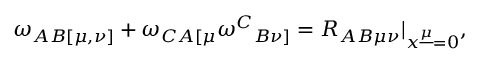
\omega _ { A B [ \mu , \nu ] } + \omega _ { C A [ \mu } \omega ^ { C } { } _ { B \nu ] } = { \cal R } _ { A B \mu \nu } | _ { x ^ { \underline { { \mu } } } = 0 } ,